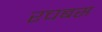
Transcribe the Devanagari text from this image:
रचबस